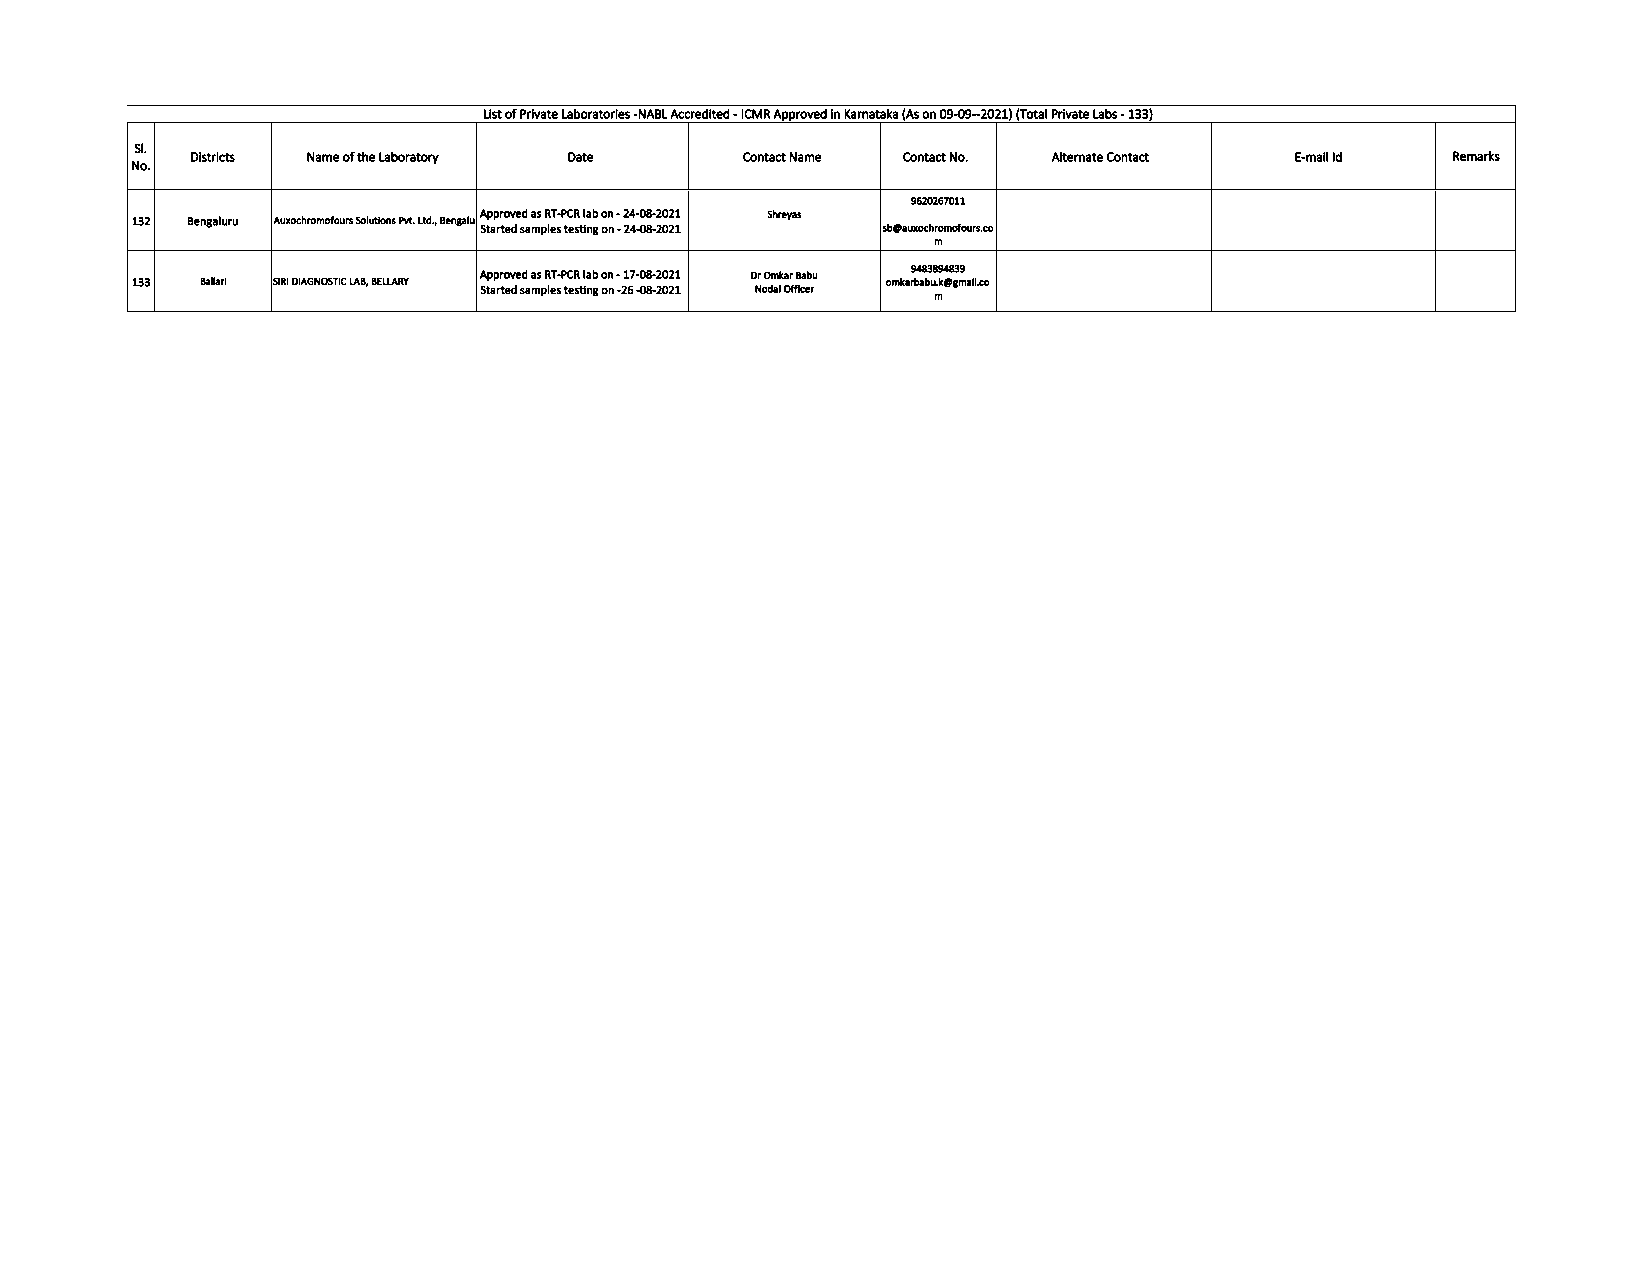
List of Private Laboratories -NABL Accredited - ICMR Approved in Karnataka (As on 09-09--2021) (Total Private Labs - 133)
 Sl.
 Districts Name of the Laboratory Date Contact Name Contact No. Alternate Contact E-mail Id Remarks
 No.
 9620267011
 132 Bengaluru Auxochromofours Solutions Pvt. Ltd., BengaluruApproved as RT-PCR lab on - 24-08-2021 Shreyas
 Started samples testing on - 24-08-2021 sb@auxochromofours.co
 m
 133 Ballari SIRI DIAGNOSTIC LAB, BELLARY Approved as RT-PCR lab on - 17-08-2021 Dr Omkar Babu omkar9 b4 a8 b3 u8 .9 k4 @8 g3 m9 ail.co
 Started samples testing on -26 -08-2021 Nodal Officer
 m